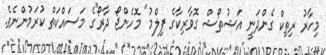
މިހާރު ރިތިކް ގެންދަނީ އަޝުތޯޝް ގޮވާރިކާގެ ފިލްމު ''މޮހެންޖޯ ދާރޯ''ގެ މަސައްކަތް ކުރަމުންނެވެ.